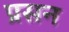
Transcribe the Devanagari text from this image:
प्रसन